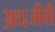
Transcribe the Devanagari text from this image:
अधजीवी